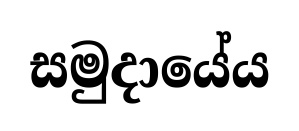
සමුදායේය